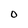
Character: O